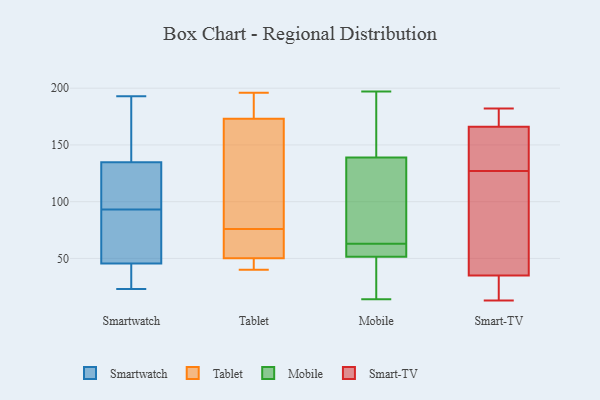
{"axis": {"x": "Waste Production (Tons)", "y": "Value"}, "legend": ["Mobile", "Smart-TV", "Smartwatch", "Tablet"], "data": [{"x": "", "y": 93, "type": "Smartwatch"}, {"x": "", "y": 23, "type": "Smartwatch"}, {"x": "", "y": 193, "type": "Smartwatch"}, {"x": "", "y": 102, "type": "Smartwatch"}, {"x": "", "y": 173, "type": "Smartwatch"}, {"x": "", "y": 66, "type": "Smartwatch"}, {"x": "", "y": 75, "type": "Smartwatch"}, {"x": "", "y": 38, "type": "Smartwatch"}, {"x": "", "y": 121, "type": "Smartwatch"}, {"x": "", "y": 122, "type": "Smartwatch"}, {"x": "", "y": 37, "type": "Smartwatch"}, {"x": "", "y": 48, "type": "Smartwatch"}, {"x": "", "y": 187, "type": "Smartwatch"}, {"x": "", "y": 40, "type": "Tablet"}, {"x": "", "y": 45, "type": "Tablet"}, {"x": "", "y": 174, "type": "Tablet"}, {"x": "", "y": 170, "type": "Tablet"}, {"x": "", "y": 174, "type": "Tablet"}, {"x": "", "y": 68, "type": "Tablet"}, {"x": "", "y": 45, "type": "Tablet"}, {"x": "", "y": 140, "type": "Tablet"}, {"x": "", "y": 66, "type": "Tablet"}, {"x": "", "y": 76, "type": "Tablet"}, {"x": "", "y": 196, "type": "Tablet"}, {"x": "", "y": 53, "type": "Mobile"}, {"x": "", "y": 109, "type": "Mobile"}, {"x": "", "y": 63, "type": "Mobile"}, {"x": "", "y": 24, "type": "Mobile"}, {"x": "", "y": 54, "type": "Mobile"}, {"x": "", "y": 197, "type": "Mobile"}, {"x": "", "y": 14, "type": "Mobile"}, {"x": "", "y": 140, "type": "Mobile"}, {"x": "", "y": 51, "type": "Mobile"}, {"x": "", "y": 148, "type": "Mobile"}, {"x": "", "y": 136, "type": "Mobile"}, {"x": "", "y": 24, "type": "Smart-TV"}, {"x": "", "y": 38, "type": "Smart-TV"}, {"x": "", "y": 58, "type": "Smart-TV"}, {"x": "", "y": 158, "type": "Smart-TV"}, {"x": "", "y": 24, "type": "Smart-TV"}, {"x": "", "y": 125, "type": "Smart-TV"}, {"x": "", "y": 182, "type": "Smart-TV"}, {"x": "", "y": 13, "type": "Smart-TV"}, {"x": "", "y": 164, "type": "Smart-TV"}, {"x": "", "y": 172, "type": "Smart-TV"}, {"x": "", "y": 161, "type": "Smart-TV"}, {"x": "", "y": 26, "type": "Smart-TV"}, {"x": "", "y": 127, "type": "Smart-TV"}, {"x": "", "y": 172, "type": "Smart-TV"}, {"x": "", "y": 173, "type": "Smart-TV"}, {"x": "", "y": 46, "type": "Smart-TV"}, {"x": "", "y": 144, "type": "Smart-TV"}]}